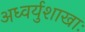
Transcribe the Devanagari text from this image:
अध्वर्युशाखाः